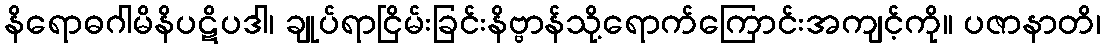
နိရောဓဂါမိနိပဋိပဒါ၊ ချုပ်ရာငြိမ်းခြင်းနိဗ္ဗာန်သို့ရောက်ကြောင်းအကျင့်ကို။ ပဇာနာတိ၊